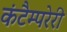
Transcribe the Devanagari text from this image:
कंटैम्परेरी